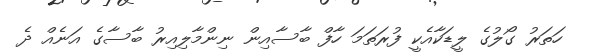
ހަތަރު ގޯލުގެ ލީޑަކާއެކީ ފުރަތަމަ ހާފް ބާސާއިން ނިންމާލިއިރު ބާސާގެ އަނެއް ދެ